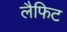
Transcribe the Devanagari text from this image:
लैफिट